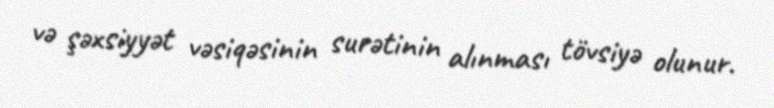
və şəxsiyyət vəsiqəsinin surətinin alınması tövsiyə olunur.